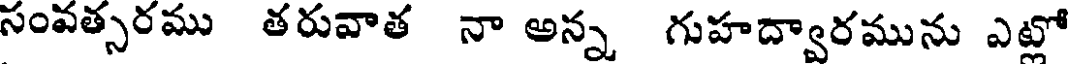
సంవత్సరము తరువాత నా అన్న గుహద్వారమును ఎట్లో